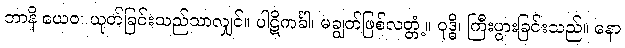
ဘာနိ ယေဝ၊ ယုတ်ခြင်းသည်သာလျှင်။ ပါဋိကင်္ခါ၊ မချွတ်ဖြစ်လတ္တံ့။ ဝုဒ္ဓိ၊ ကြီးပွားခြင်းသည်။ နော